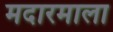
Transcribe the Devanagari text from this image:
मदारमाला